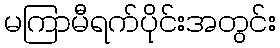
မကြာမီရက်ပိုင်းအတွင်း